Annual statistical returns and brief notes on vaccination in Bengal - 1887-1898
Year: 1887
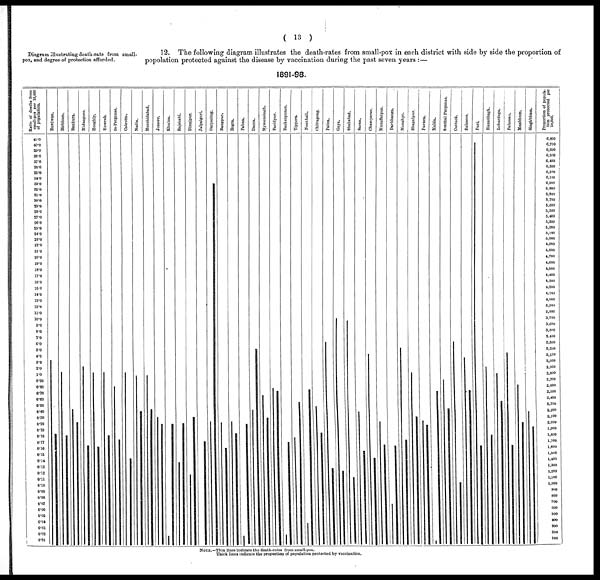
( 13 )
Diagram illustrating death-rate from small-
pox, and degree of protection afforded.
12. The following diagram illustrates the death-rates from small-pox in each district with side by side the proportion of
popolation protected against the disease by vaccination during the past seven years :—
1891-98.
NOTE.—Thin lines indicate the death-rates from small-pox.
Thick lines indicate the proportion of population protected by vaccination.